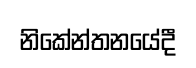
නිකේන්තනයේදී